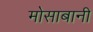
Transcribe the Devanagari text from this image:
मोसाबानी